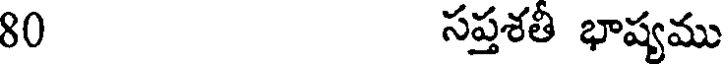
80 సప్తశతీ భాష్యము